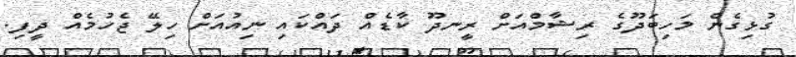
ގުޅިގެން މަހިބަދޫގެ ރިޝާމްއަށް ރީނދޫ ކާޑެއް ދައްކައި ނިއުއަށް ހިލޭ ޖެހުމެއް ދީފި.